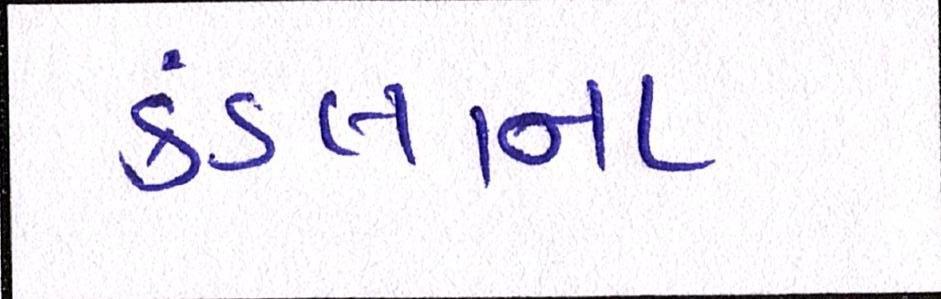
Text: કંડલાના